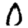
Digit: 0